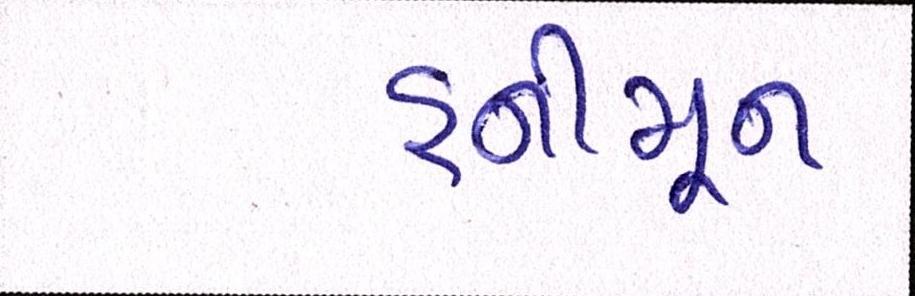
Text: હનીમૂન